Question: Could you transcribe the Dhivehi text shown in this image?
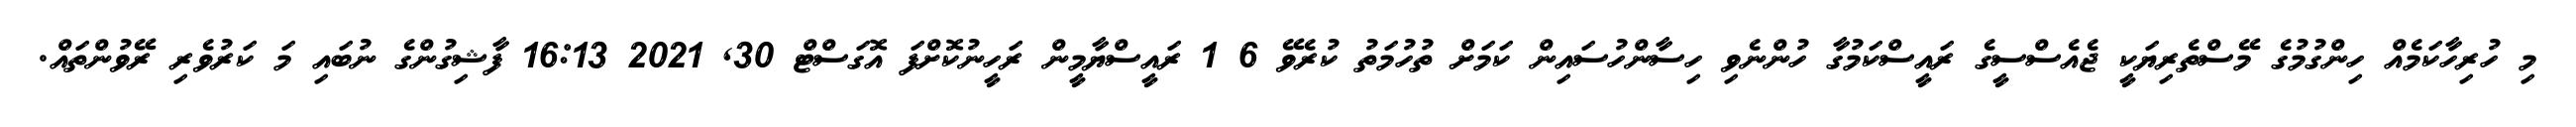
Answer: މި ހުރިހާކަމެއް ހިންގުމުގެ މޭސްތެރިޔަކީ ޖެއެސްސީގެ ރައީސްކަމުގާ ހުންނެވި ހިސާންހުސައިން ކަމަށް ތުހުމަތު ކުރެވޭ 6 1 ރައީސްޔާމީން ރަހީނުކޮށްފަ އޮގަސްޓް 30, 2021 16:13 ފާޝިގުންގެ ނުބައި މަ ކަރުވެރި ރޭވުންތައް.